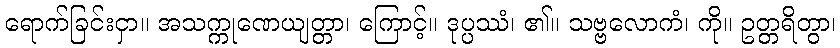
ရောက်ခြင်းငှာ။ အသက္ကုဏေယျတ္တာ၊ ကြောင့်။ ဒုပ္ပဿံ၊ ၏။ သဗ္ဗလောကံ၊ ကို။ ဥတ္တရိတွာ၊